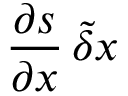
\displaystyle \frac { \partial s } { \partial \boldsymbol { x } } \, \tilde { \delta } \boldsymbol { x }